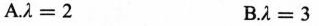
A.$$λ = 2$$ B.$$λ = 3$$